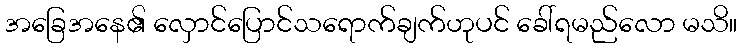
အခြေအနေ၏ လှောင်ပြောင်သရောက်ချက်ဟုပင် ခေါ်ရမည်လော မသိ။